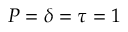
P = \delta = \tau = 1